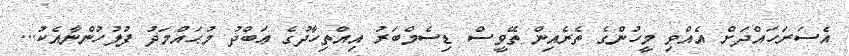
އެސަރަހައްދަށް އެއްވި މީހުންގެ ތެރެއިން ތޭވީސް ޑިސެމްބަރު އިއްތިހާދުގެ ޢަބްދު މުޙައްމަދު ފުލުހުންނާއެކު...